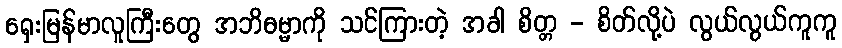
ရှေးမြန်မာလူကြီးတွေ အဘိဓမ္မာကို သင်ကြားတဲ့ အခါ စိတ္တ - စိတ်လို့ပဲ လွယ်လွယ်ကူကူ